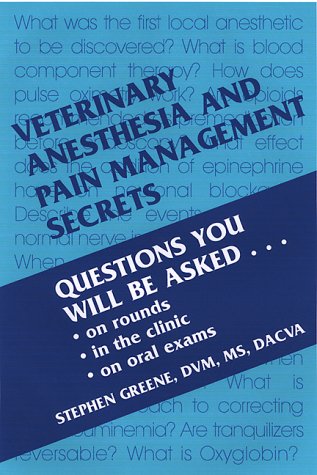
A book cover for Veterinary Anesthesia and Pain Management Secrets, 1e; Stephen A. Greene DVM  MS  Diplomate ACVA; Medical Books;